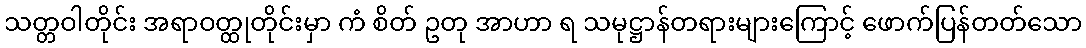
သတ္တဝါတိုင်း အရာဝတ္ထုတိုင်းမှာ ကံ စိတ် ဥတု အာဟာ ရ သမုဋ္ဌာန်တရားများကြောင့် ဖောက်ပြန်တတ်သော